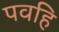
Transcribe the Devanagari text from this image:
पवहि